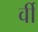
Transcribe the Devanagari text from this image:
र्वी